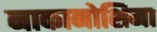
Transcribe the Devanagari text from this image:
नाकानोशिमा